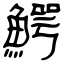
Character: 鰐